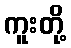
ကူးတို့